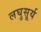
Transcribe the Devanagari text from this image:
लघुसूर्य